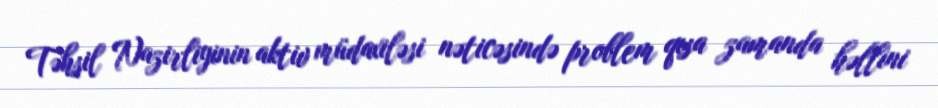
Təhsil Nazirliyinin aktiv müdaxiləsi nəticəsində problem qısa zamanda həllini